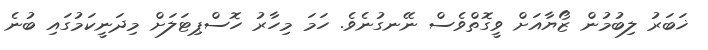
ޚަބަރު ލިބުމުން ޒޯޔާއަށް ވީގޮތްވެސް ނޭނގުނެވެ. ހަމަ މިހާރު ހޮސްޕިޓަލަށް މިދަނީކަމުގައި ބުނެ